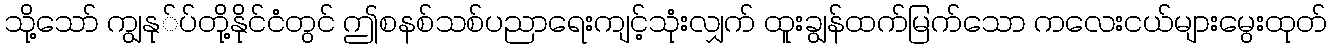
သို့သော် ကျွနု်ပ်တို့နိုင်ငံတွင် ဤစနစ်သစ်ပညာရေးကျင့်သုံးလျှက် ထူးချွန်ထက်မြက်သော ကလေးငယ်များမွေးထုတ်